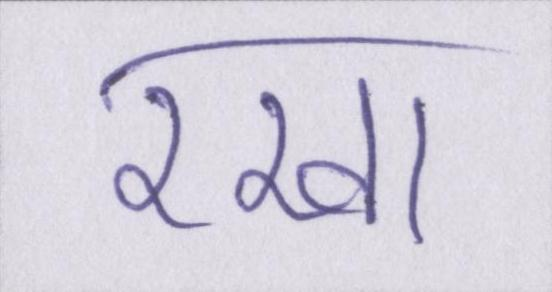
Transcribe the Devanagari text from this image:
रखा